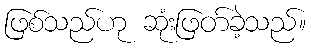
ဖြစ်သည်ဟု ဆုံးဖြတ်ခဲ့သည်။